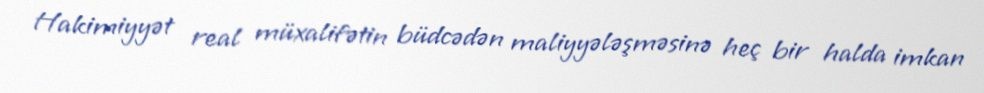
Hakimiyyət real müxalifətin büdcədən maliyyələşməsinə heç bir halda imkan